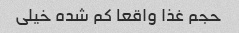
حجم غذا واقعا کم شده خیلی